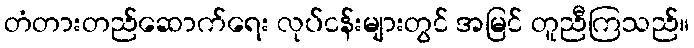
တံတားတည်ဆောက်ရေး လုပ်ငန်းများတွင် အမြင် တူညီကြသည်။